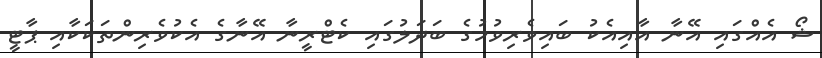
ޝޯ އެއްގައި އޭނާ އާއިއެކު ބައިވެރިވުމުގެ ބަދަލުގައި ކެޓްރީނާ އޭނާގެ އެކުވެރިންތަކަކާއި ޕާޓީ